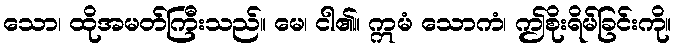
သော၊ ထိုအမတ်ကြီးသည်။ မေ၊ ငါ၏။ ဣမံ သောကံ၊ ဤစိုးရိမ်ခြင်းကို။